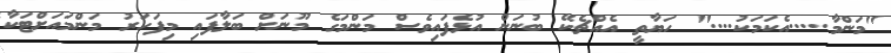
"މަންމާ.....އެކަމަކު...." ހަޔާތީ އެއްޗެކޭ ބުނަން އުޅެފައިވެސް މަންމަގެ މޫނަށް ބަލާފައި މިފަހަރު މަންމައަށްޓަކާ